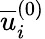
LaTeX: \overline{{u}}_{i}^{(0)}